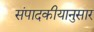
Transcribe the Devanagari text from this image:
संपादकीयानुसार